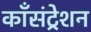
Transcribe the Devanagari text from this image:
काँसंट्रेशन